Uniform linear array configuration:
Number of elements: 16
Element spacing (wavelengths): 1
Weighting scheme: hann
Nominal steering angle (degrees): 30
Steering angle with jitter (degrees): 30.706
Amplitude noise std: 0.05
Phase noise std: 0.05

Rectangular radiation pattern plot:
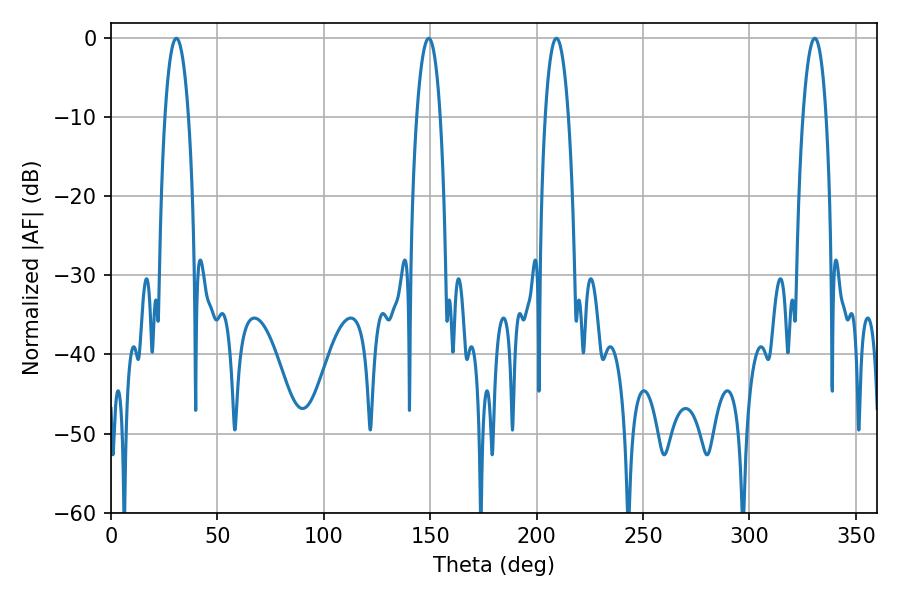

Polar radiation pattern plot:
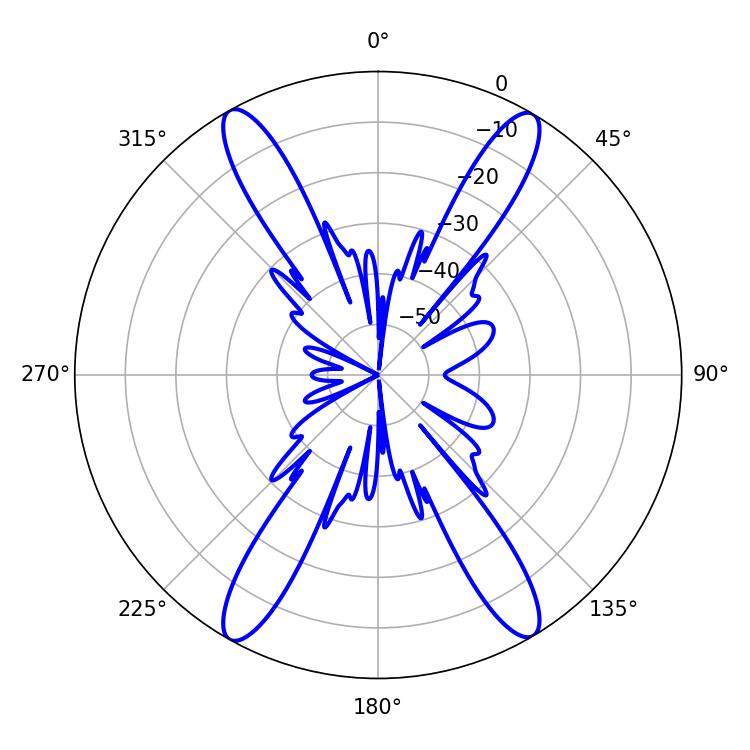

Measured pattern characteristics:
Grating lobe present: TRUE
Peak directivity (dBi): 24.811
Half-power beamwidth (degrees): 6.12
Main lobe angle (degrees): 209.34